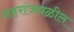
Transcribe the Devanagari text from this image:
शहरांजवळील